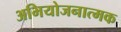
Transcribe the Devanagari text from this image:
अभियोजनात्मक